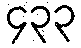
၄၃၃